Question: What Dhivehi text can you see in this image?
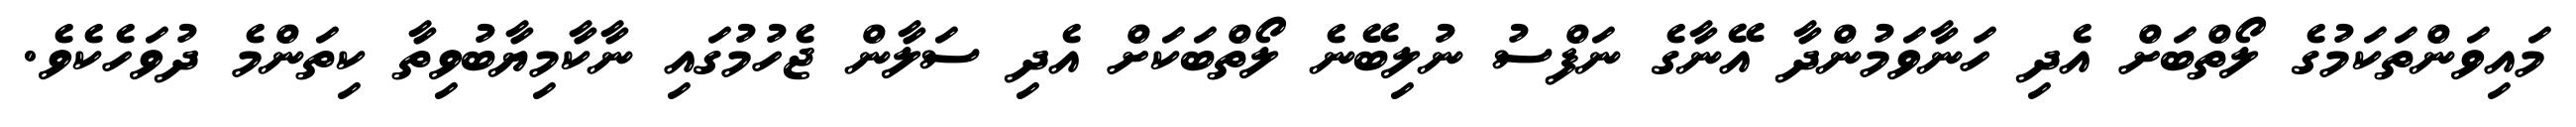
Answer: މައިވަންތަކަމުގެ ލޯތްބަށް އެދި ހަނާވަމުންދާ އޭނާގެ ނަފްސު ނުލިބޭނެ ލޯތްބަކަށް އެދި ސަލާން ޖެހުމުގައި ނާކާމިޔާބުވިތާ ކިތަންމެ ދުވަހެކެވެ.